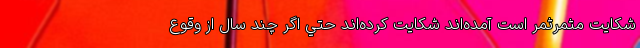
شكايت مثمرثمر است آمده‌اند شكايت كرده‌اند حتي اگر چند سال از وقوع